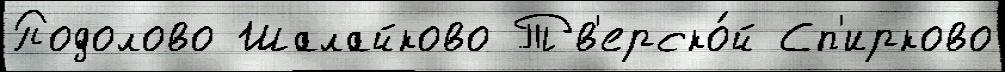
Подолово Шалайково Тв'ерско́й Сп'ирково